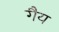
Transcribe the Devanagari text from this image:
गैय